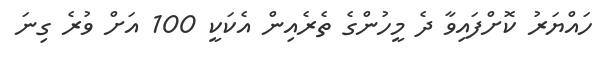
ހައްޔަރު ކޮށްފައިވާ ދެ މީހުންގެ ތެރެއިން އެކަކީ 100 އަށް ވުރެ ގިނަ